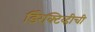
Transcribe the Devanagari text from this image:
डिरेक्टिव्हीची